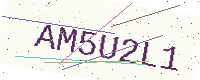
Text: AM5U2L1